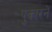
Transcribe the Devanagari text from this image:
पुकारनें